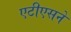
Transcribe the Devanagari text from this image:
एटीएसने